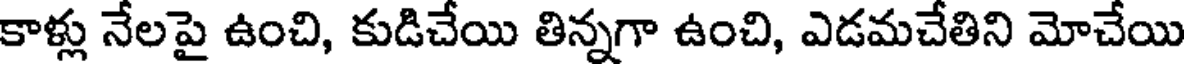
కాళ్లు నేలపై ఉంచి, కుడిచేయి తిన్నగా ఉంచి, ఎడమచేతిని మోచేయి